Annual report on the mental hospital in the Central Provinces and Berar (Nagpur) - 1927-1951
Year: 1927
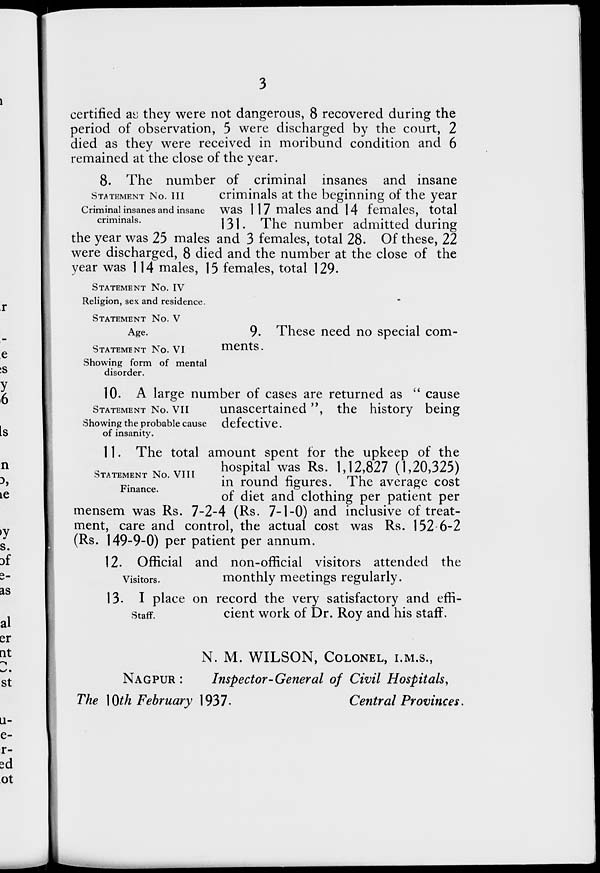
3
certified as they were not dangerous, 8 recovered during the
period of observation, 5 were discharged by the court, 2
died as they were received in moribund condition and 6
remained at the close of the year.
STATEMENT NO. III
Criminal insanes and insane
criminals.
8. The number of criminal insanes and insane
criminals at the beginning of the year
was 117 males and 14 females, total
131. The number admitted during
the year was 25 males and 3 females, total 28. Of these, 22
were discharged, 8 died and the number at the close of the
year was 114 males, 15 females, total 129.
STATEMENT NO. IV
Religion, sex and residence.
STATEMENT NO. V
Age.
STATEMENT NO. VI
Showing form of mental
disorder.
9. These need no special com-
ments.
STATEMENT NO. VII
Showing the probable cause
of insanity.
10. A large number of cases are returned as " cause
unascertained ", the history being
defective.
STATEMENT
NO. VIII
Finance.
11. The total amount spent for the upkeep of the
hospital was Rs. 1,12,827 (1,20,325)
in round figures. The average cost
of diet and clothing per patient per
mensem was Rs. 7-2-4 (Rs. 7-1-0) and inclusive of treat-
ment, care and control, the actual cost was Rs. 152-6-2
(Rs. 149-9-0) per patient per annum.
Visitors.
12. Official and non-official visitors attended the
monthly meetings regularly.
Staff.
13. I place on record the very satisfactory and effi-
cient work of Dr. Roy and his staff.
N. M. WILSON, COLONEL, I.M.S.,
NAGPUR :
Inspector-General of Civil Hospitals,
The 10th February 1937.
Central Provinces.